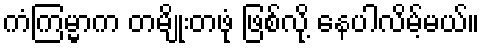
ကံကြမ္မာက တမျိုးတဖုံ ဖြစ်လို့ နေပါလိမ့်မယ်။